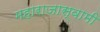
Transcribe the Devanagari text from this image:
महाराजास्‍वामी